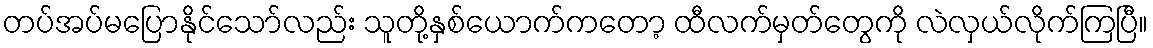
တပ်အပ်မပြောနိုင်သော်လည်း သူတို့နှစ်ယောက်ကတော့ ထီလက်မှတ်တွေကို လဲလှယ်လိုက်ကြပြီ။